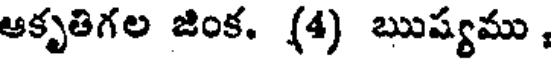
ఆకృతిగల జింక. (4) ఋష్యము ,